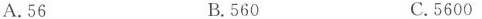
A.56 B.560 C.5600